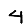
Digit: 4